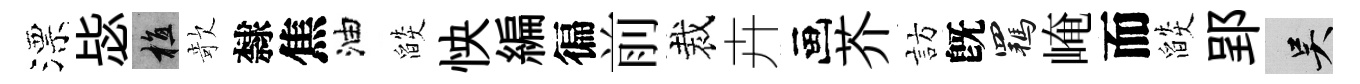
漂毖植欹隸焦油燄怏編徧前裁卉画芥訪旣羈崦而燄郢吴